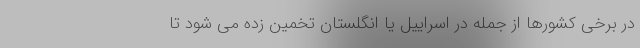
در برخی کشورها از جمله در اسراییل یا انگلستان تخمین زده می شود تا